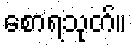
စောရသုတ်။